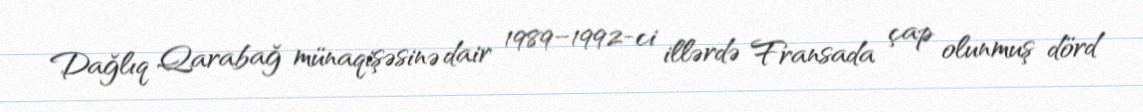
Dağlıq Qarabağ münaqişəsinə dair 1989–1992-ci illərdə Fransada çap olunmuş dörd